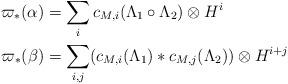
LaTeX: \begin{align*} \varpi_*(\alpha) &= \sum_i c_{M,i}(\Lambda_1\circ \Lambda_2) \otimes H^i \\ \varpi_*(\beta) &= \sum_{i,j} (c_{M,i}(\Lambda_1)*c_{M,j}(\Lambda_2))\otimes H^{i+j}\end{align*}